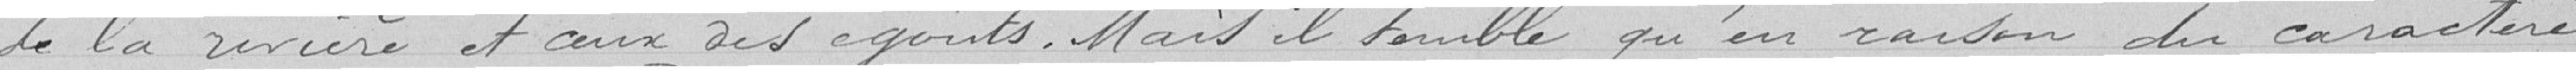
de la rivière et ceux des égouts. Mais il semble qu'en raison du caractère